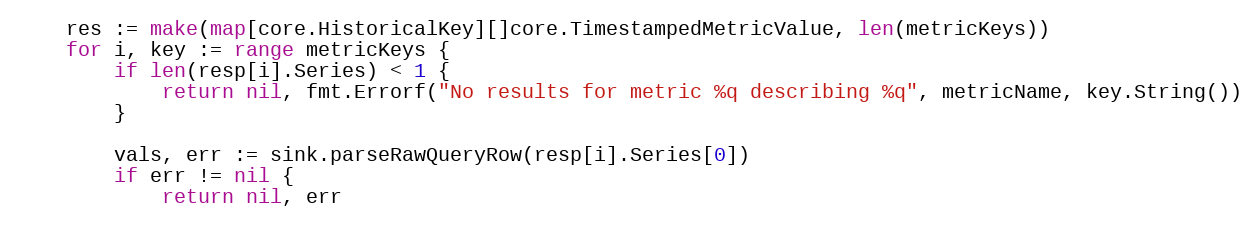
Language: Go
	res := make(map[core.HistoricalKey][]core.TimestampedMetricValue, len(metricKeys))
	for i, key := range metricKeys {
		if len(resp[i].Series) < 1 {
			return nil, fmt.Errorf("No results for metric %q describing %q", metricName, key.String())
		}

		vals, err := sink.parseRawQueryRow(resp[i].Series[0])
		if err != nil {
			return nil, err